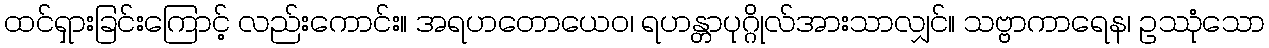
ထင်ရှားခြင်းကြောင့် လည်းကောင်း။ အရဟတောယေဝ၊ ရဟန္တာပုဂ္ဂိုလ်အားသာလျှင်။ သဗ္ဗာကာရေန၊ ဥဿုံသော